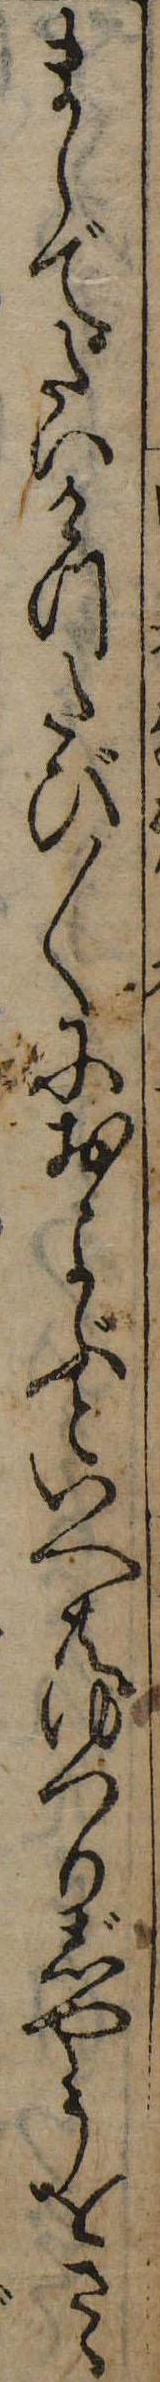
まらでたいけつたび〱におよぶといへ共ゆつりじやうをさゝ